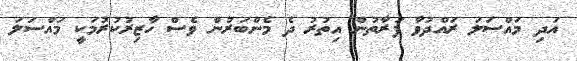
އަދި މައްސަލަ ރައްދުވާ ފަރާތުން އިތުރު ދެ މެންބަރުން ވެސް ހާޒިރުކުރުމަކީ މައްސަލަ